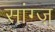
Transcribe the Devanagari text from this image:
सांग्ज़्‌